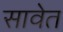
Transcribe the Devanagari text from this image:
सावेत